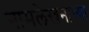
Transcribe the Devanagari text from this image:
नामलेखनाच्या